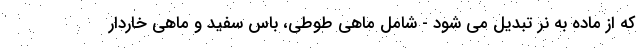
که از ماده به نر تبدیل می شود - شامل ماهی طوطی، باس سفید و ماهی خاردار